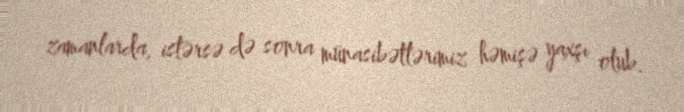
zamanlarda, istərsə də sonra münasibətlərimiz həmişə yaxşı olub.